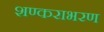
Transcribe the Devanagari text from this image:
शण्कराभरण